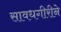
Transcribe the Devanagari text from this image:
सावधगीरीने